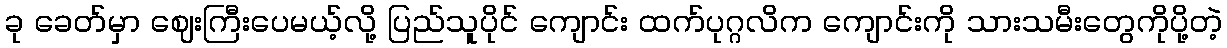
ခု ခေတ်မှာ ဈေးကြီးပေမယ့်လို့ ပြည်သူပိုင် ကျောင်း ထက်ပုဂ္ဂလိက ကျောင်းကို သားသမီးတွေကိုပို့တဲ့